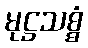
မုဋ္ဌသစ္စံ